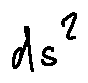
d s ^ { 2 }